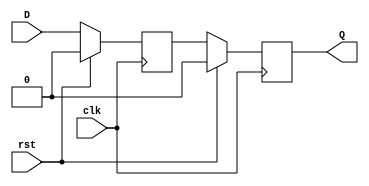
`timescale 1ns / 1ps
//////////////////////////////////////////////////////////////////////////////////
// Company: 
// 
// Design Name: Breathing Lights
// Module Name: DoubleDFF
// Project Name: Breathing Lights
// Target Devices: 
// Tool Versions: 
// Description: Simple D Flip-Flop
// 
// Dependencies: 
// 
// Revision:
// Revision 0.01 - File Created
// Additional Comments:
// 
//////////////////////////////////////////////////////////////////////////////////


module DoubleDFF(
    input clk,
    input rst,
    input D,
    output reg Q = 0
    );
    
    //First DFF
    reg hiddenInternalDFF = 0;
    
    always @(posedge clk) begin
        if (rst==1'b1) begin //Synchronous reset
            Q <= 1'b0;
            hiddenInternalDFF <= 1'b0;
        end else begin
            Q <= hiddenInternalDFF;
            hiddenInternalDFF <= D;
        end
    end
endmodule